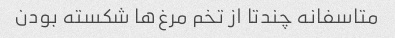
متاسفانه چندتا از تخم مرغ‌ها شکسته بودن